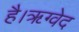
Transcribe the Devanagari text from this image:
है।ॠग्वेद